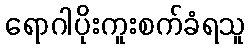
ရောဂါပိုးကူးစက်ခံရသူ